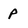
Character: p